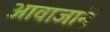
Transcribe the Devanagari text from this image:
आवाजानें